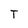
Character: T